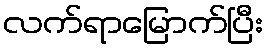
လက်ရာမြောက်ပြီး